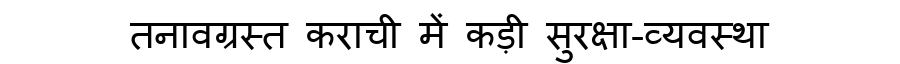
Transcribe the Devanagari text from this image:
तनावग्रस्त कराची में कड़ी सुरक्षा-व्यवस्था